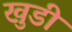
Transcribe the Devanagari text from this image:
खुडी